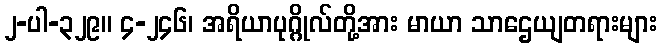
၂-ပါ-၃၂၉။ ၄-၂၄၆၊ အရိယာပုဂ္ဂိုလ်တို့အား မာယာ သာဌေယျတရားများ